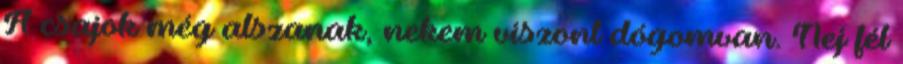
A csajok még alszanak, nekem viszont dógomvan. Nej fél